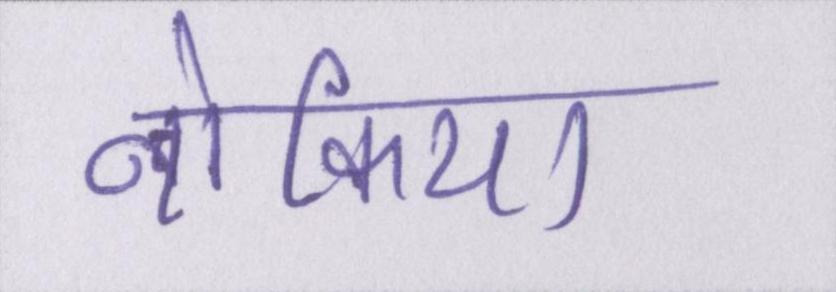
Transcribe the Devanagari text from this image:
नोकिया